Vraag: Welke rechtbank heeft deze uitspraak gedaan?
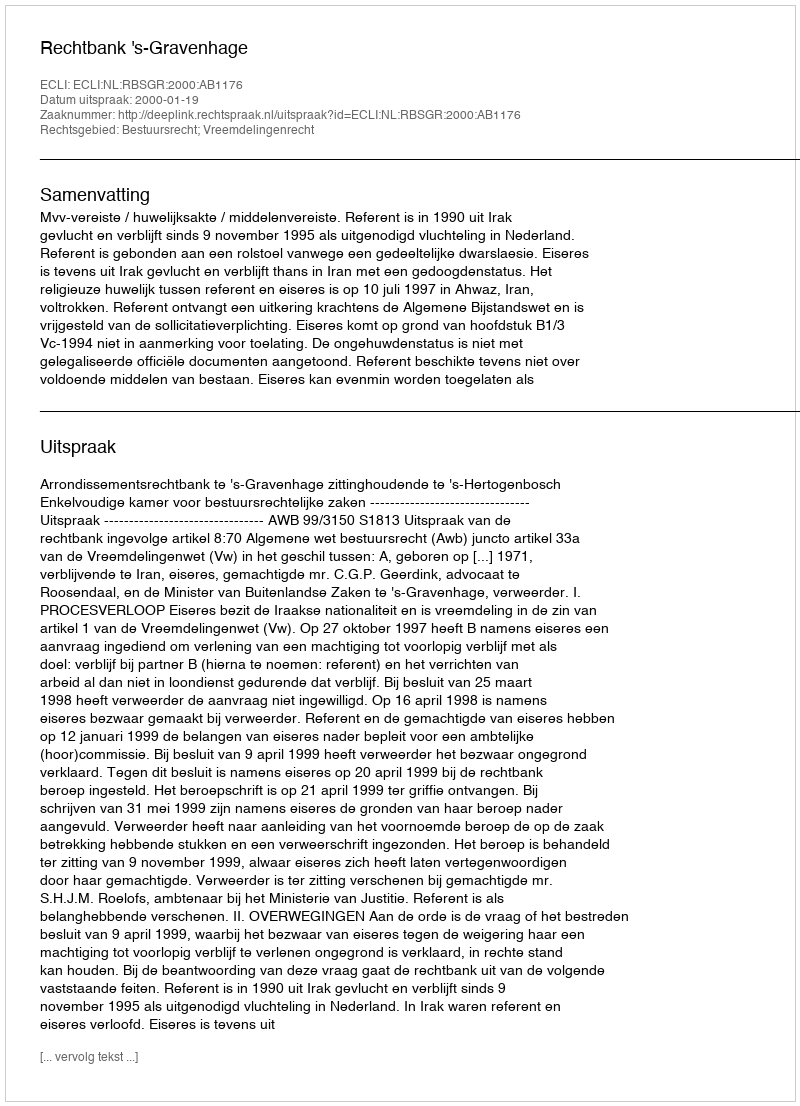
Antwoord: Rechtbank 's-Gravenhage